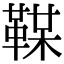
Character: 𩋞